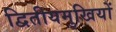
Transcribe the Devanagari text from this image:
द्वितीयमुखियों